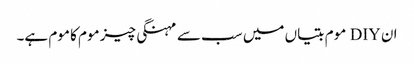
ان DIY موم بتیاں میں سب سے مہنگی چیز موم کا موم ہے۔